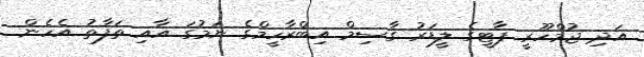
އަދި ޖުމްހޫރީ ޕާޓީގެ ލީޑަރު ގާސިމް އިބްރާހީމްގެ ނަމުގަ އާއި ތަފާތު އެހެން